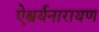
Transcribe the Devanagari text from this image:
ऐश्वर्यनारायण